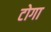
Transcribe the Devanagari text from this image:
टोगा